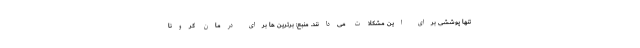
تنها پوششی برای این مشکلات می‌دانند. منبع: برترین ها برای درمان کرونا